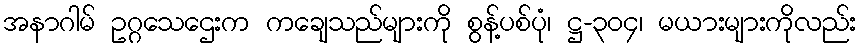
အနာဂါမ် ဥဂ္ဂသေဌေးက ကချေသည်များကို စွန့်ပစ်ပုံ၊ ဋ္ဌ-၃၀၄၊ မယားများကိုလည်း